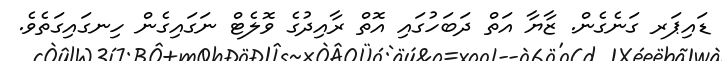
ޑައިޕަރ ގަނެގެން. ޒާޔާ އަތް ދަބަހުގައި އޮތް ރާއިދުގެ ވޮލެޓް ނަގައިގެން ހިނގައިގަތެވެ.